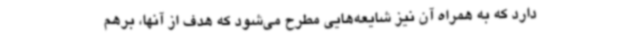
دارد که به همراه آن نیز شایعه‌هایی مطرح می‌شود که هدف از آنها، برهم